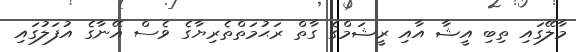
މާލޭގައި ތިބި އީޝާ އާއި ރީޝަމްގެ ގާތް ރަޙުމަތްތެރިޔާގެ ވެސް އޭނާގެ އުފަލުގައި